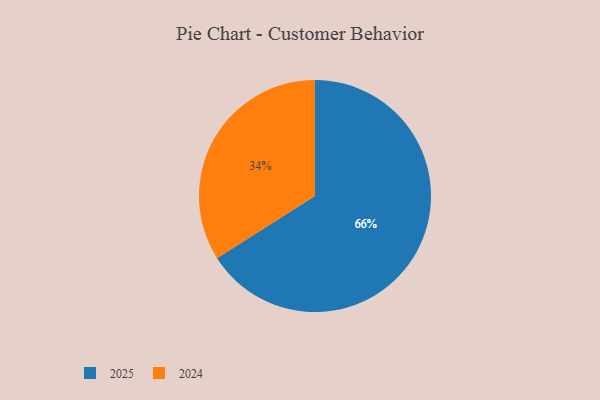
{"axis": {"x": "Category", "y": "Percentage"}, "legend": ["2024", "2025"], "data": [{"x": "2024", "y": 34, "type": "2024"}, {"x": "2025", "y": 66, "type": "2025"}]}